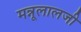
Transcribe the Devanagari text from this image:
मन्नूलालजी